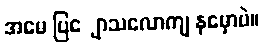
အမေ ပြျောသလောကျ နမှောပဲ။